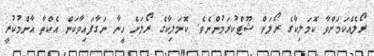
ރޯލެއްކަމަށްވާ ކޮމަލިކާގެ ރޯލަށް ޝޫޓްކުރަމުންނެވެ. ކޮމަލިކާގެ ރޯލަށް ހީނާ ނަގާފައިވާކަން އެކްތާ އާންމުކުރީ